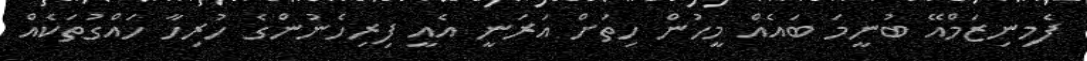
ފެމިނިޒަމްއޭ ބުނީމަ ބައެއް މީހުން ހިތަށް އަރަނީ އެއީ ފިރިހެނުންގެ ހުރިހާ ހައްގުތަކެއް